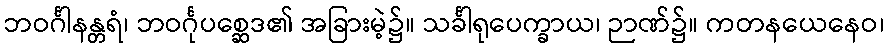
ဘဝင်္ဂါနန္တရံ၊ ဘဝင်္ဂုပစ္ဆေဒ၏ အခြားမဲ့၌။ သင်္ခါရုပေက္ခာယ၊ ဉာဏ်၌။ ကတနယေနေဝ၊